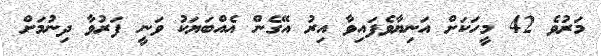
މަރުވެ 42 މީހަކަށް އަނިޔާވެފައިވާ އިރު އޭގެން އެއްބަޔަކު ވަނީ ފަރުވާ ދިނުމަށް